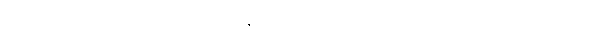
ဤစကားကို။ အဝေါစ၊ မိန့်တော်မူ၏။ (ကိံ အဝေါစ၊ အဘယ်သို့